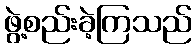
ဖွဲ့စည်းခဲ့ကြသည်